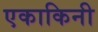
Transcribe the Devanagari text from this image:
एकाकिनी